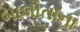
બાલોતાના